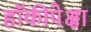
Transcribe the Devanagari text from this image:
हॉकीपेक्षा